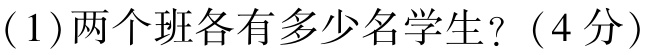
(1)两个班各有多少名学生？（4分）